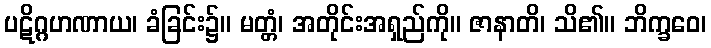
ပဋိဂ္ဂဟဏာယ၊ ခံခြင်း၌။ မတ္တံ၊ အတိုင်းအရှည်ကို။ ဇာနာတိ၊ သိ၏။ ဘိက္ခဝေ၊